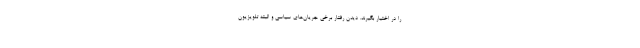
را در اختیار بگیرند. دیدن رفتار برخی جریان‌های سیاسی و البته تلویزیون